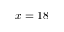
x = 1 8